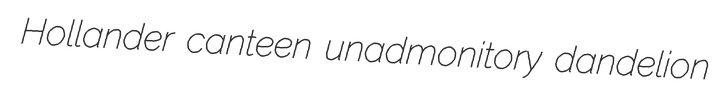
Hollander canteen unadmonitory dandelion